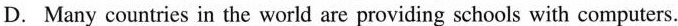
D.Many countries in the world are providing schools with computers.